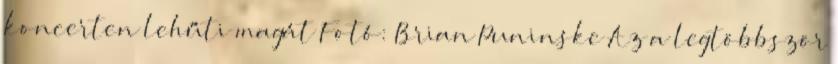
koncerten lehűti magát Fotó: Brian Puninske Az a legtöbbször